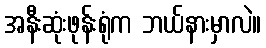
အနီးဆုံးဖုန်းရုံက ဘယ်နားမှာလဲ။